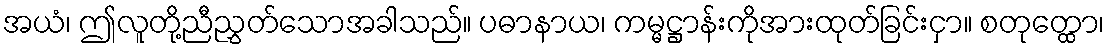
အယံ၊ ဤလူတို့ညီညွှတ်သောအခါသည်။ ပဓာနာယ၊ ကမ္မဋ္ဌာန်းကိုအားထုတ်ခြင်းငှာ။ စတုတ္ထော၊